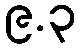
၉.၃